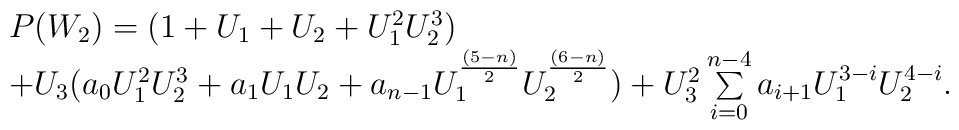
\begin {array}{lcr}P(W_2)=(1+U_1+U_2+U_1^2U_2^3)\\+ U_3( a_0U_1^2U_2^3+ a_1 U_1U_2+a_{n-1}U_1^{{(5-n)\over 2 }}U_2^{{(6-n)\over 2 }})+ U_3^2\sum\limits _{i=0}^{n-4}a_{i+1}U_1^{3-i}U_2^{4-i}. \end{array}